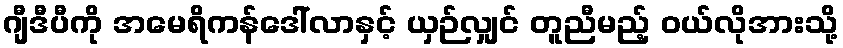
ဂျီဒီပီကို အမေရိကန်ဒေါ်လာနှင့် ယှဉ်လျှင် တူညီမည့် ဝယ်လိုအားသို့